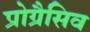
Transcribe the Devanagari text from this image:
प्रोग्रैसिव